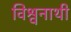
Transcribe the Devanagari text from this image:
विश्वनाथी